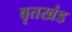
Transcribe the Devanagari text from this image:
वृतखंड